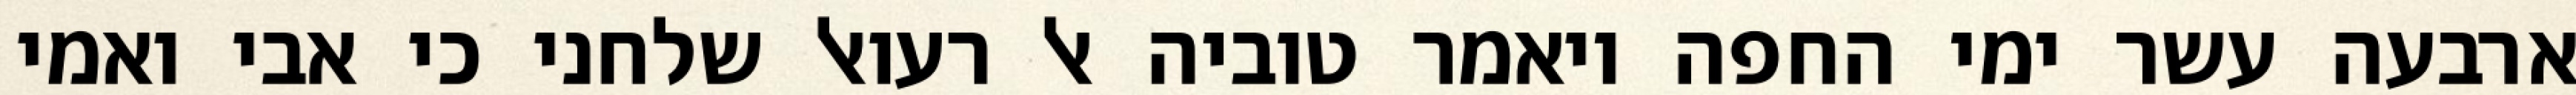
ארבעה עשר ימי החפה ויאמר טוביה אל רעואל שלחני כי אבי ואמי